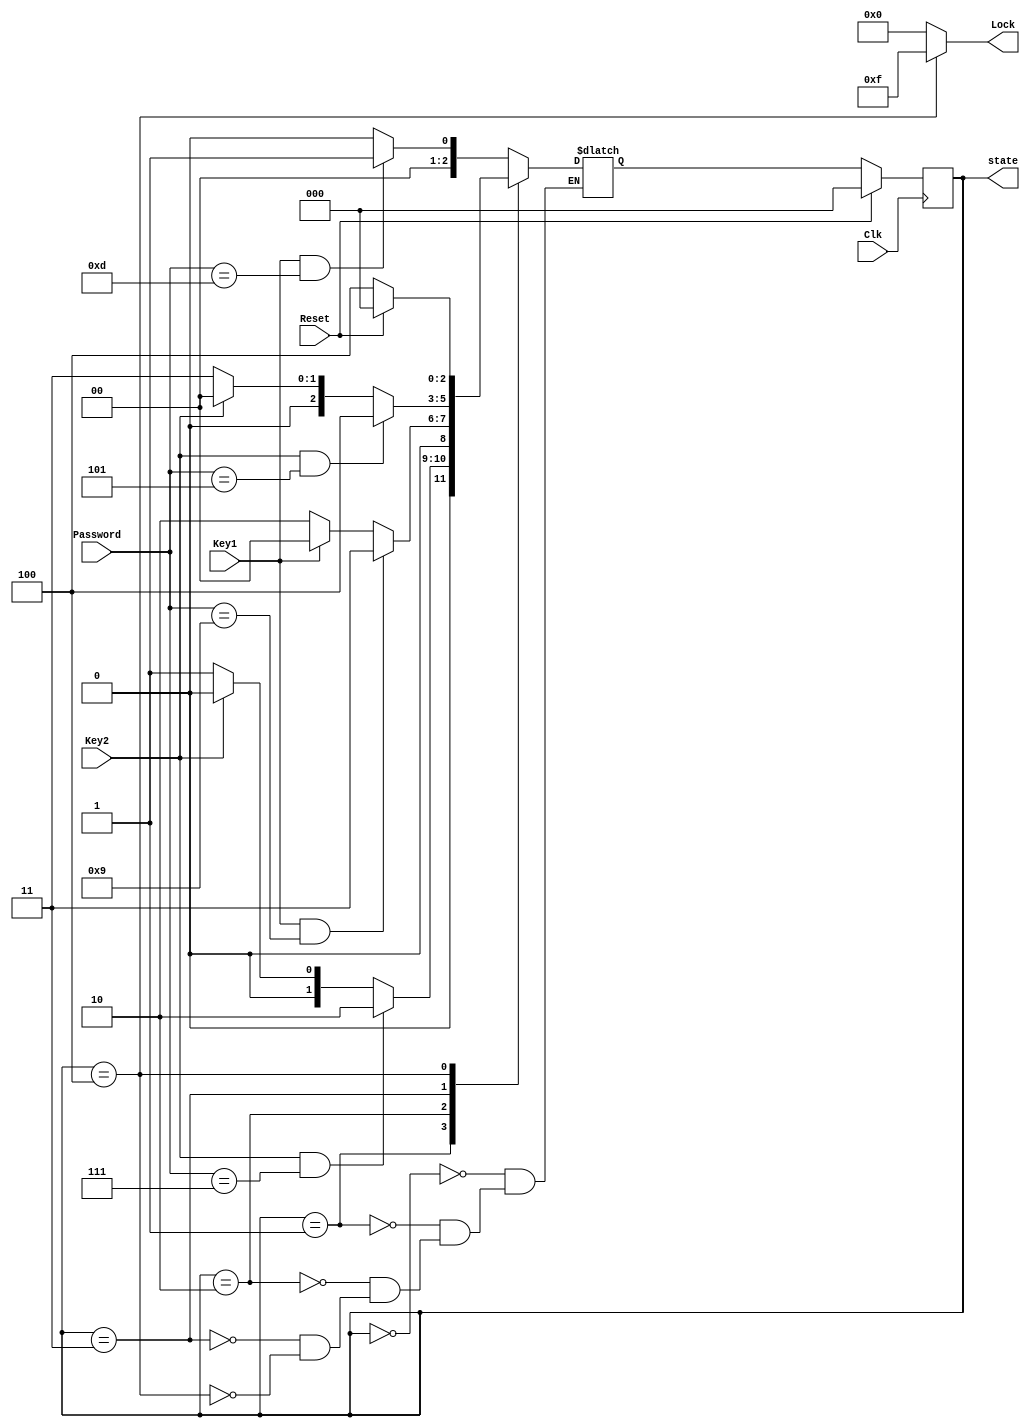
`timescale 1ns / 1ps
`default_nettype none


module combination_lock_fsm(
    output reg [2:0] state, // to ease debuggin made an output
    output wire [3:0] Lock, // asserted when locked
    input wire Key1,        // unlock button 0
    input wire Key2,        // unlock button 1
    input wire [3:0] Password,   // indicate number
    input wire Reset,       // reset
    input wire Clk          // clock
);

    // state encoding for state reg
    parameter s0 = 3'b000, s1 = 3'b001,
              s2 = 3'b010, s3 = 3'b011,
              s4 = 3'b100;
              
    // intermeidate nets
    reg [2:0] nextState;
    
    // combinational logic: next state
    always@(*)
        case(state)
            s0: begin
                if (Key1 == 1 && Password == 4'b1101) // password 13
                    nextState = s1;
                else 
                    nextState = s0;
                end
                
            s1: begin
                if (Key2 == 1 && Password == 4'b0111) // 7
                    nextState = s2;
                else if (Key2 == 1)
                    nextState = s0;
                else
                    nextState = s1;
                end
            
            s2: begin
                if (Key1 == 1 && Password == 4'b1001) // 9
                    nextState = s3;
                else if (Key1 == 1)
                    nextState = s0;
                else
                    nextState = s2;
                end
                     
            s3: begin
                if (Key2 == 1 && Password == 4'b0101) // 5
                    nextState = s4;
                else if (Key2 == 1)
                    nextState = s0;
                else 
                    nextState = s3;
                end

            s4: begin
                if (Reset == 1)
                    nextState = s0;
                else
                    nextState = s4;            
                end
            
            endcase


    // sequential logic: state reg
    always@(posedge Clk)
        if (Reset)
            state <= s0;
        else
            state <= nextState;
    
    // lock is assign with 15_base(10) only if state is s3
    assign Lock = (state == s4) ? 4'b1111 : 4'b0000;
            

endmodule